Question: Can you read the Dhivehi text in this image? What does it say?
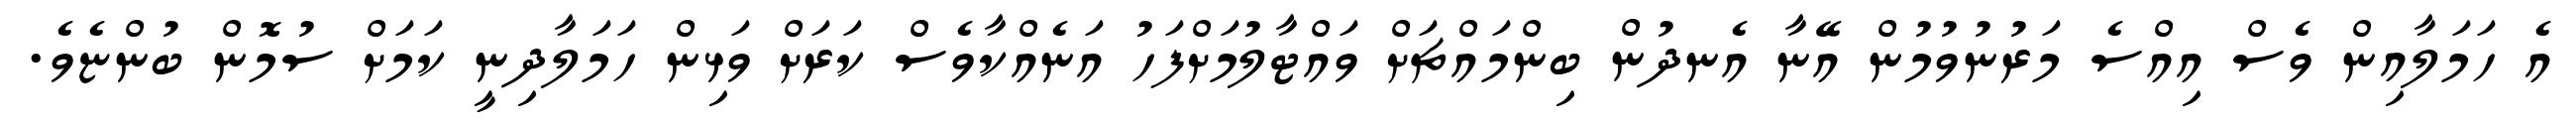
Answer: އެ ހަމަލާއިން ވެސް އިއްސެ މަރުނުވުމުން އޭނާ އެނދުން ބިންމައްޗަށް ވައްޓާލުމަށްފަހު އަނެއްކާވެސް ކަރަށް ވަޅިން ހަމަލާދިނީ ކަމަށް ސުމޮން ބުންޏެވެ.